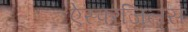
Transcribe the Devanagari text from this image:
ऐस्परजिलस